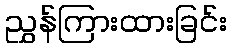
ညွှန်ကြားထားခြင်း